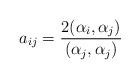
\begin{align*}a_{ij}=\frac{2(\alpha_i,\alpha_j)}{(\alpha_j,\alpha_j)}\end{align*}